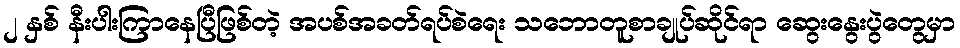
၂ နှစ် နီးပါးကြာနေပြီဖြစ်တဲ့ အပစ်အခတ်ရပ်စဲရေး သဘောတူစာချုပ်ဆိုင်ရာ ဆွေးနွေးပွဲတွေမှာ